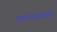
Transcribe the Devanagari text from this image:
वाचनतासाचे